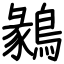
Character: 鶨